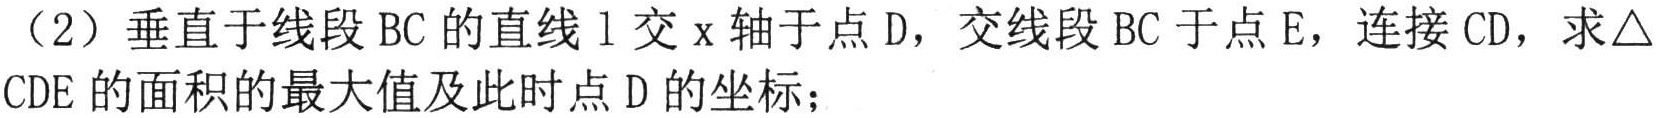
（2）垂直于线段 \(BC\) 的直线 \(l\) 交 \(x\) 轴于点 \(D\)，交线段 \(BC\) 于点 \(E\)，连接 \(CD\)，求\(\triangle CDE\) 的面积的最大值及此时点 \(D\) 的坐标；